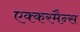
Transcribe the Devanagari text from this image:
एक्करमैन्स